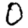
Digit: 0